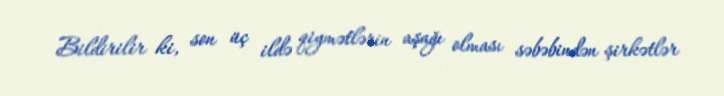
Bildirilir ki, son üç ildə qiymətlərin aşağı olması səbəbindən şirkətlər